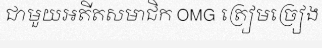
ជាមួយអតីតសមាជិក OMG ត្រៀមច្រៀង